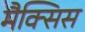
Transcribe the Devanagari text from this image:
मैक्सिस